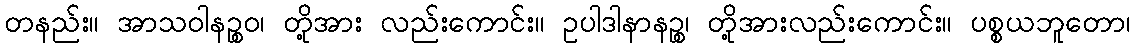
တနည်း။ အာသဝါနဉ္စဝ၊ တို့အား လည်းကောင်း။ ဥပါဒါနာနဉ္စ၊ တို့အားလည်းကောင်း။ ပစ္စယဘူတော၊